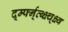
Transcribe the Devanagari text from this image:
र्द्म्फ्न्व्ब्क्ष्च्क्ष्व